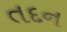
તદન